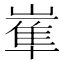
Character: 𡻛